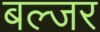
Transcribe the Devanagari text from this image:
बल्जर